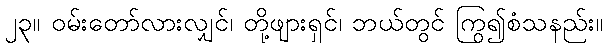
၂၃။ ဝမ်းတော်လားလျှင်၊ တို့ဖျားရှင်၊ ဘယ်တွင် ကြွ၍စံသနည်း။